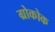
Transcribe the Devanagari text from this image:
ग्रोकोक